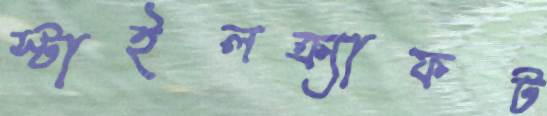
স্টাইলক্র্যাফট